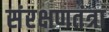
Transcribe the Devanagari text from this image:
संरक्षणतंत्रा